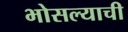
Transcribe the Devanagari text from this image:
भोसल्याची